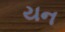
યન